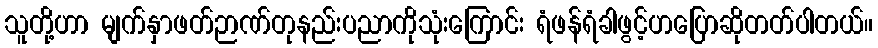
သူတို့ဟာ မျက်နှာဖတ်ဉာဏ်တုနည်းပညာကိုသုံးကြောင်း ရံဖန်ရံခါဖွင့်ဟပြောဆိုတတ်ပါတယ်။